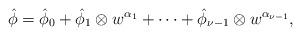
LaTeX: \begin{align*}\hat\phi=\hat\phi_0+\hat\phi_1\otimes w^{\alpha_1}+\cdots +\hat\phi_{\nu-1}\otimes w^{\alpha_{\nu-1}},\end{align*}